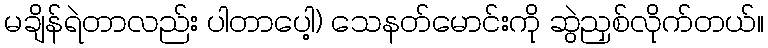
မချိန်ရဲတာလည်း ပါတာပေါ့) သေနတ်မောင်းကို ဆွဲညှစ်လိုက်တယ်။